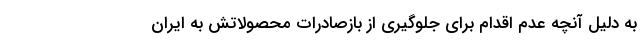
به دلیل آنچه عدم اقدام برای جلوگیری از بازصادرات محصولاتش به ایران